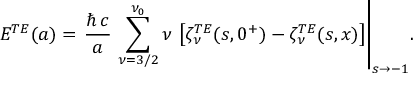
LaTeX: \displaystyle { E ^ { T E } ( a ) = \left. \frac { \hbar \, c } { a } \, \sum _ { \nu = 3 / 2 } ^ { \nu _ { 0 } } \nu \, \left[ \zeta _ { \nu } ^ { T E } ( s , 0 ^ { + } ) - \zeta _ { \nu } ^ { T E } ( s , x ) \right] \right| _ { s \rightarrow - 1 } } .